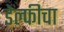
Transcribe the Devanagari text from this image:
डेल्फीचा